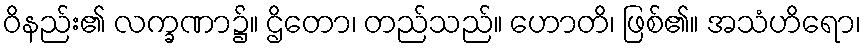
ဝိနည်း၏ လက္ခဏာ၌။ ဌိတော၊ တည်သည်။ ဟောတိ၊ ဖြစ်၏။ အသံဟိရော၊